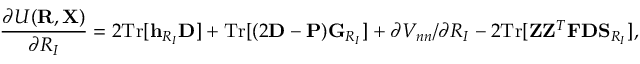
{ \displaystyle \frac { \partial { \cal U } ( { \bf R } , { \bf X } ) } { \partial R _ { I } } = 2 \mathrm { T r } [ { \bf h } _ { R _ { I } } { \bf D } ] + \mathrm { T r } [ ( 2 { \bf D } - { \bf P } ) { \bf G } _ { R _ { I } } ] + \partial V _ { n n } / \partial R _ { I } - 2 \mathrm { T r } [ { \bf Z } { \bf Z } ^ { T } { \bf F } { \bf D } { \bf S } _ { R _ { I } } ] } ,